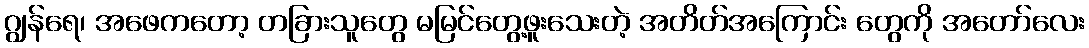
ဂျွန်ရေ၊ အဖေကတော့ တခြားသူတွေ မမြင်တွေ့ဖူးသေးတဲ့ အတိတ်အကြောင်း တွေကို အတော်လေး